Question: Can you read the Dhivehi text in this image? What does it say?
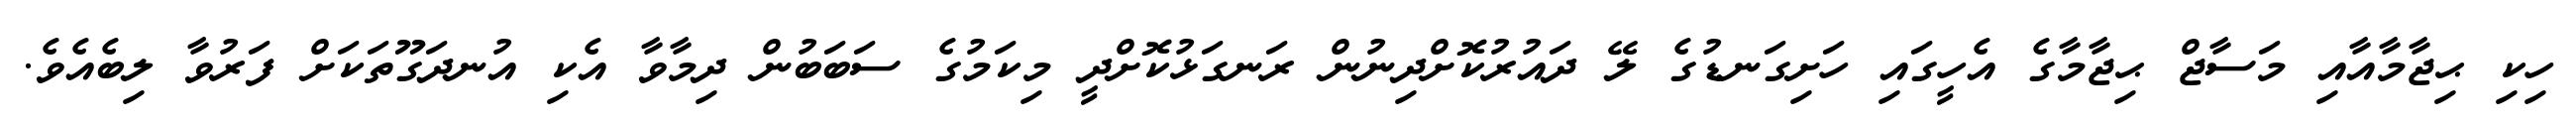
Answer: ހިކި ޙިޖާމާއާއި މަސާޖް ޙިޖާމާގެ އެހީގައި ހަށިގަނޑުގެ ލޭ ދައުރުކޮށްދިނުން ރަނގަޅުކޮށްދީ މިކަމުގެ ސަބަބުން ދިމާވާ އެކި އުނދަގޫތަކަށް ފަރުވާ ލިބެއެވެ.